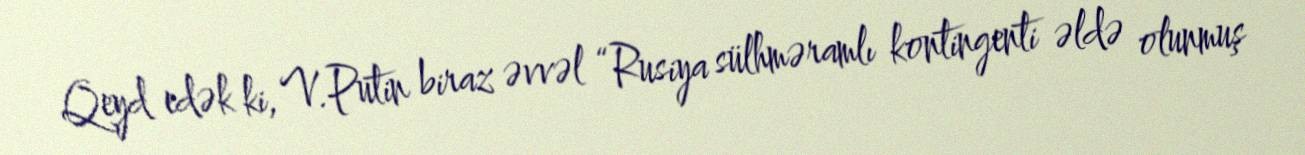
Qeyd edək ki, V.Putin biraz əvvəl “Rusiya sülhməramlı kontingenti əldə olunmuş